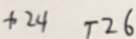
+ 2 4 T 2 6